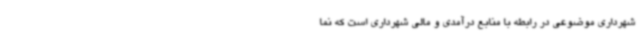
شهرداری موضوعی در رابطه با منابع درآمدی و مالی شهرداری است که نما